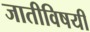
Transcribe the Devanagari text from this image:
जातीविषयीं